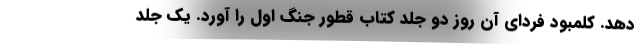
دهد. کلمبود فردای آن روز دو جلد کتاب قطور جنگ اول را آورد. یک جلد